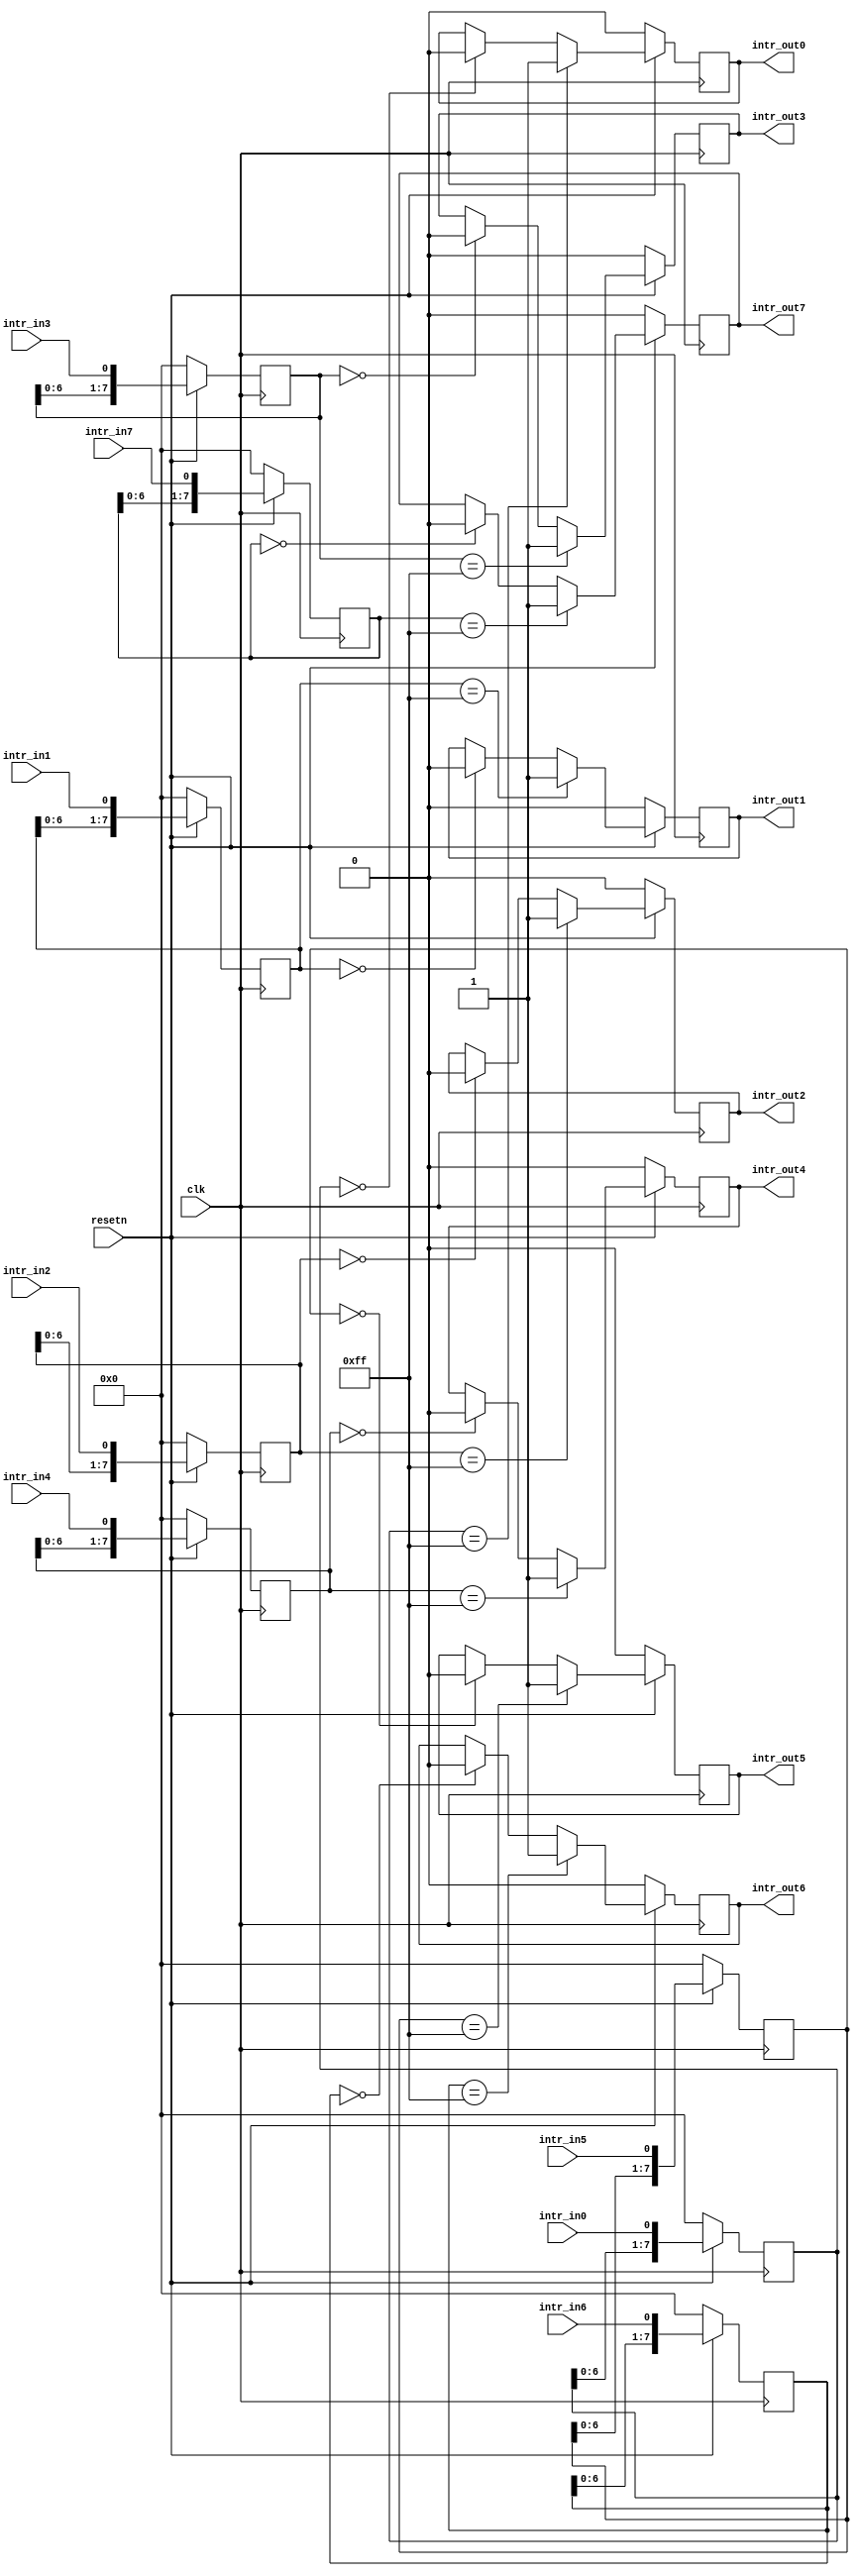
module intr_filter #
(
	parameter integer C_NUMBER = 8,
	parameter integer C_FILTER_CNT = 8
) (
	input clk,
	input resetn,

	input wire intr_in0,
	input wire intr_in1,
	input wire intr_in2,
	input wire intr_in3,
	input wire intr_in4,
	input wire intr_in5,
	input wire intr_in6,
	input wire intr_in7,

	output wire intr_out0,
	output wire intr_out1,
	output wire intr_out2,
	output wire intr_out3,
	output wire intr_out4,
	output wire intr_out5,
	output wire intr_out6,
	output wire intr_out7
);
	reg[C_FILTER_CNT-1:0] filter[C_NUMBER-1:0];
	reg [C_NUMBER-1:0] intr_out;
	wire[C_NUMBER-1:0] intr_in;

	generate
	if (C_NUMBER > 0) begin
		assign intr_out0  = intr_out[0];
		assign intr_in[0] = intr_in0;
	end
	if (C_NUMBER > 1) begin
		assign intr_out1 = intr_out[1];
		assign intr_in[1] = intr_in1;
	end
	if (C_NUMBER > 2) begin
		assign intr_out2 = intr_out[2];
		assign intr_in[2] = intr_in2;
	end
	else begin
		assign intr_out2 = 0;
	end
	if (C_NUMBER > 3) begin
		assign intr_out3 = intr_out[3];
		assign intr_in[3] = intr_in3;
	end
	else begin
		assign intr_out3 = 0;
	end
	if (C_NUMBER > 4) begin
		assign intr_out4 = intr_out[4];
		assign intr_in[4] = intr_in4;
	end
	else begin
		assign intr_out4 = 0;
	end
	if (C_NUMBER > 5) begin
		assign intr_out5 = intr_out[5];
		assign intr_in[5] = intr_in5;
	end
	else begin
		assign intr_out5 = 0;
	end
	if (C_NUMBER > 6) begin
		assign intr_out6 = intr_out[6];
		assign intr_in[6] = intr_in6;
	end
	else begin
		assign intr_out6 = 0;
	end
	if (C_NUMBER > 7) begin
		assign intr_out7 = intr_out[7];
		assign intr_in[7] = intr_in7;
	end
	else begin
		assign intr_out7 = 0;
	end
	endgenerate
	
	genvar i;
	generate
	for (i = 0; i < C_NUMBER; i=i+1) begin
		always @ (posedge clk) begin
			if (resetn == 0) begin
				filter[i] <= 0;
				intr_out[i]  <= 0;
			end
			else begin
				filter[i] <= {filter[i][C_NUMBER-2:0],intr_in[i]};
				if (filter[i] == {C_NUMBER{1'b1}}) begin
					intr_out[i] <= 1;
				end
				else if (filter[i] == 0) begin
					intr_out[i] <= 0;
				end
			end
		end
	end
	endgenerate
endmodule